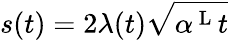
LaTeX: s(t)=2\lambda(t)\sqrt{\alpha^{\mathrm{~L~}}t}